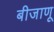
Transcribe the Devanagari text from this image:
बीजाणू